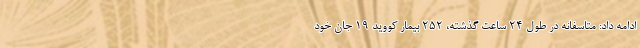
ادامه داد: متاسفانه در طول ۲۴ ساعت گذشته، ۲۵۲ بیمار کووید ۱۹ جان خود